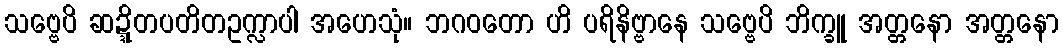
သဗ္ဗေပိ ဆဍ္ဍိတပတိတဥက္လာပါ အဟေသုံ။ ဘဂဝတော ဟိ ပရိနိဗ္ဗာနေ သဗ္ဗေပိ ဘိက္ခူ အတ္တနော အတ္တနော